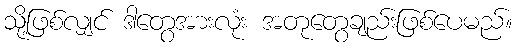
သို့ဖြစ်လျှင် ဒါတွေအားလုံး အတုတွေချည်းဖြစ်ပေမည်။